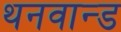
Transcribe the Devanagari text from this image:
थनवान्ड